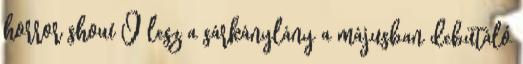
horror show Ő lesz a sárkánylány a májusban debütáló